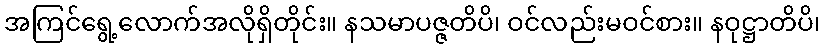
အကြင်ရွေ့လောက်အလိုရှိတိုင်း။ နသမာပဇ္ဇတိပိ၊ ဝင်လည်းမဝင်စား။ နဝုဋ္ဌာတိပိ၊